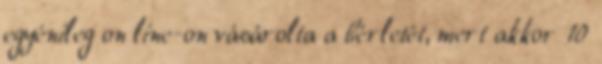
egyénileg on line-on vásárolta a bérletét, mert akkor 10